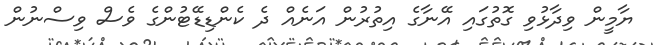
ޔާމީން ވިދާޅުވި ގޮތުގައި އޭނާގެ އިތުރުން އަނެއް ދެ ކެންޑިޑޭޓުންގެ ވެސް ވިސްނުން